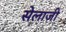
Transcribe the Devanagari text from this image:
सेलाजी